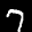
Label: 7